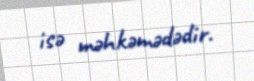
isə məhkəmədədir.